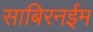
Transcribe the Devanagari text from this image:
साबिरनईम